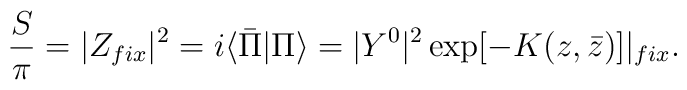
{S\over{\pi}}=|Z_{fix}|^2=i\langle\bar{\Pi}|\Pi\rangle =|Y^0|^2\exp[-K(z,\bar{z})]|_{fix}.